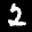
Label: 2